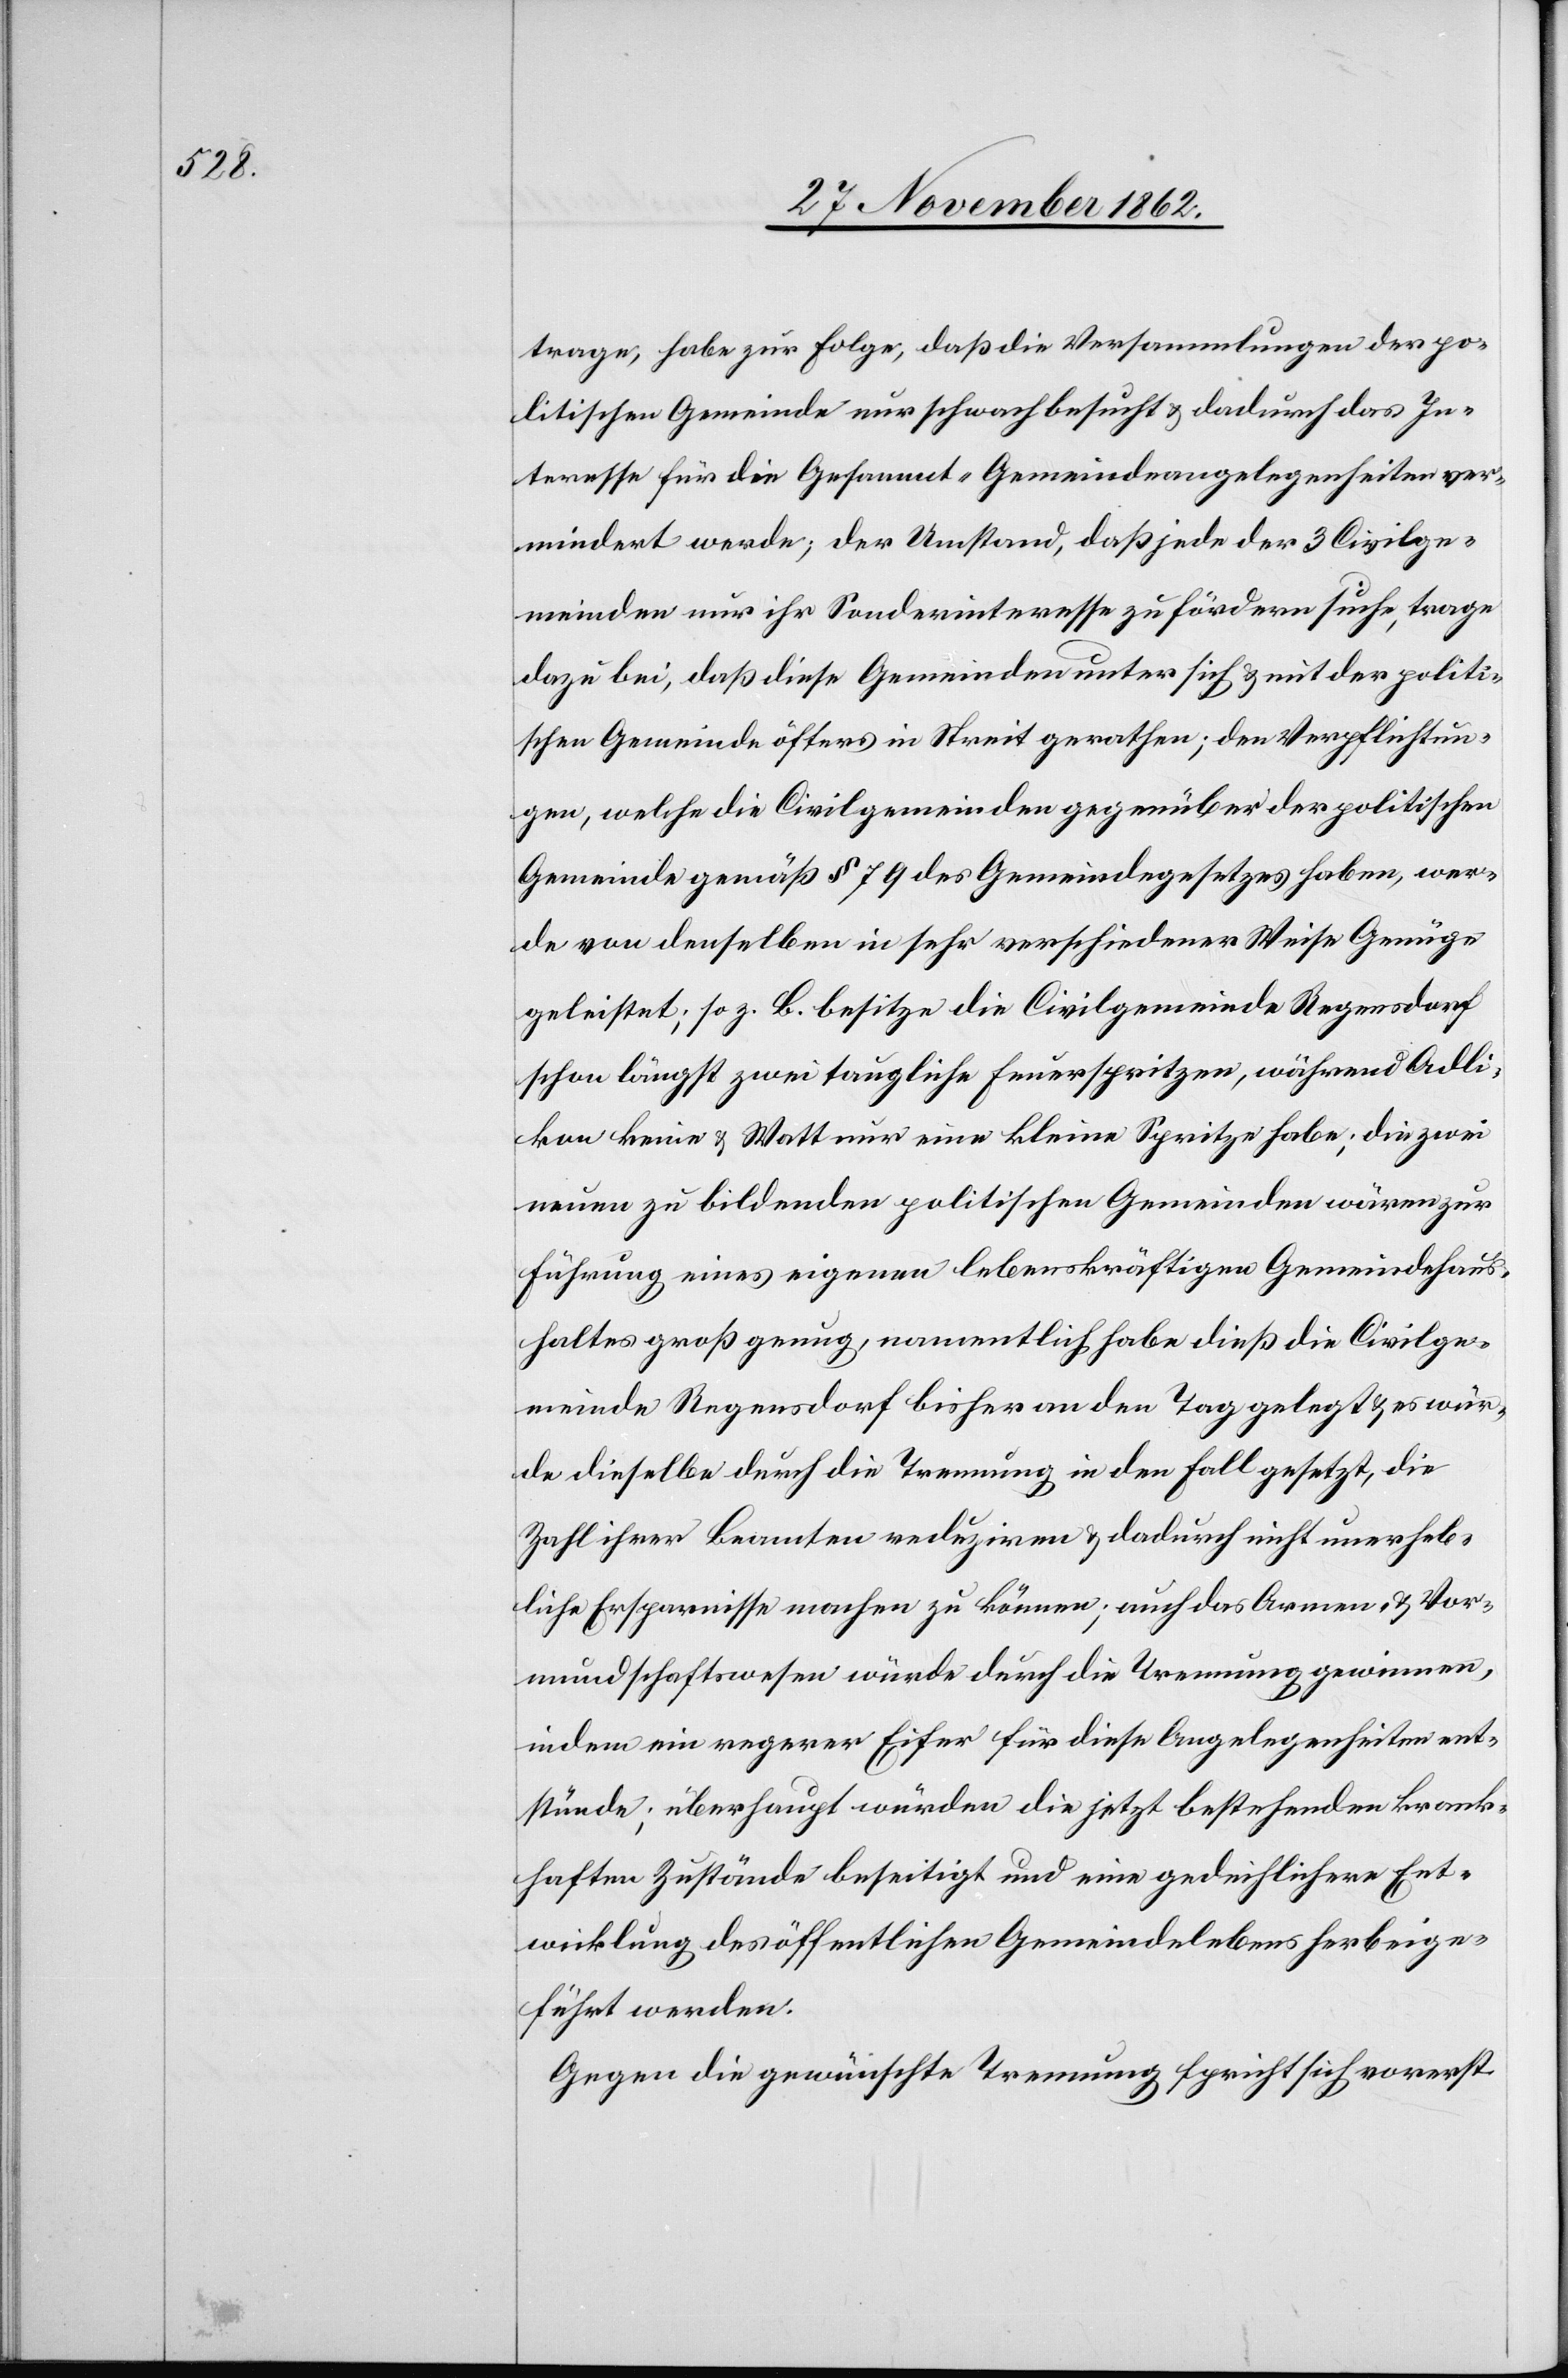
trage, habe zur Folge, daß die Versammlungen der po¬
litischen Gemeinde nur schwach besucht u. dadurch das In¬
teresse für die Gesammt-Gemeindeangelegenheiten ver¬
mindert werde; der Umstand, daß jede der 3 Civilge¬
meinden nur ihr Sonderinteresse zu fördern suche, trage
dazu bei, daß diese Gemeinden unter sich u. mit der politi¬
schen Gemeinde öfters in Streit gerathen; den Verpflichtun¬
gen, welche die Civilgemeinden gegenüber der politischen
Gemeinde gemäß § 79 des Gemeindegesetzes haben, wer¬
de von demselben in sehr verschiedener Weise genüge
geleistet; so z. B. besitze die Civilgemeinde Regensdorf
schon längst zwei taugliche Feuerspritzen, während Adli¬
kon keine u. Watt nur eine kleine Spritze habe; die zwei
neuen zu bildenden politischen Gemeinden wären zur
Führung eines eigenen lebenskräftigen Gemeindehaus¬
haltes groß genug, namentlich habe dieß die Civilge¬
meinde Regensdorf bisher an den Tag gelegt u. es wür¬
de dieselbe durch die Trennung in den Fall gesetzt, die
Zahl ihrer Beamten reduziren u. dadurch nicht unerheb¬
liche Ersparnisse machen zu können; auch das Armen- u. Vor¬
mundschaftswesen würde durch die Trennung gewinnen,
indem ein regerer Eifer für diese Angelegenheiten ent¬
stünde; überhaupt würden die jetzt bestehenden krank¬
haften Zustände beseitigt und eine gedeihlichere Ent¬
wicklung des öffentlichen Gemeindelebens herbeige¬
führt werden.
Gegen die gewünschte Trennung spricht sich vorerst